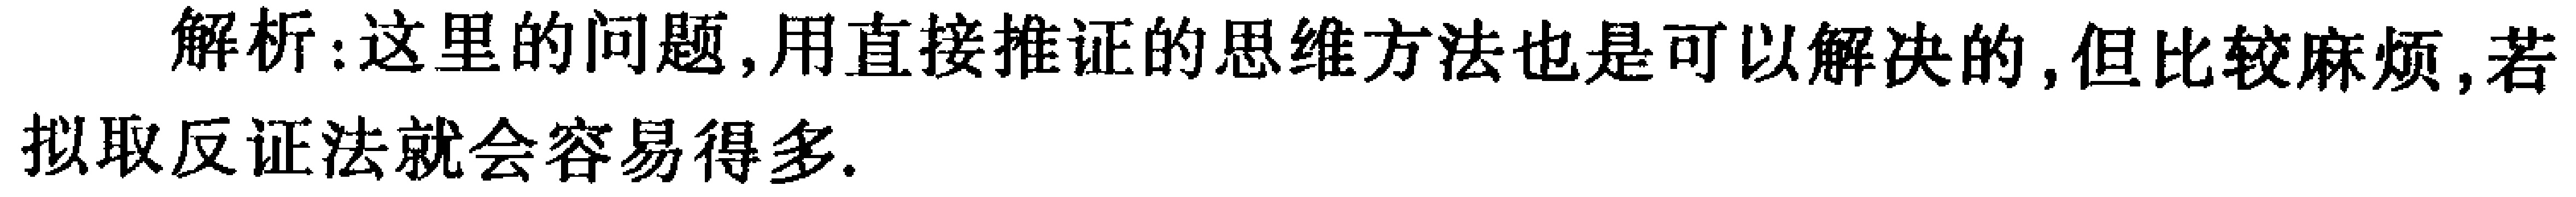
解析：这里的问题,用直接推证的思维方法也是可以解决的,但比较麻烦,若拟取反证法就会容易得多.